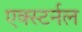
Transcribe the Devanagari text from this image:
एक्स्टर्नल